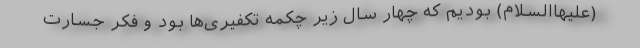
(علیهاالسلام) بودیم که چهار سال زیر چکمه تکفیری‌ها بود و فکر جسارت